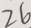
2 6